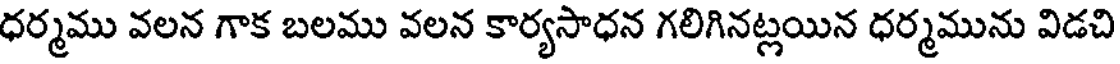
ధర్మము వలన గాక బలము వలన కార్యసాధన గలిగినట్లయిన ధర్మమును విడచి